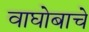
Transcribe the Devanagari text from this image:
वाघोबाचे